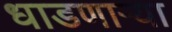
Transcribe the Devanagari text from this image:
धाडणार्‍या